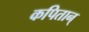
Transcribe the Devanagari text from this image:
कपितान्